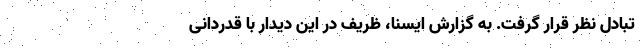
تبادل نظر قرار گرفت. به گزارش ایسنا، ظریف در این دیدار با قدردانی